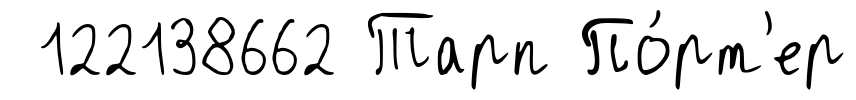
122138662 Тарп По́рт'ер